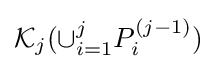
{\mathcal {K}}_{j}(\cup _{i=1}^{j}P_{i}^{(j-1)})